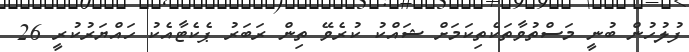
ފުލުހުން ބުނީ މަސްތުވާތަކެތިކަމަށް ޝައްކު ކުރެވޭ ތިން ރަބަރު ޕެކެޓާއެކު ހައްޔަރުކުރީ 26